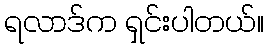
ရလာဒ်က ရှင်းပါတယ်။